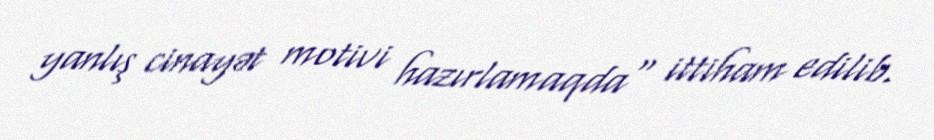
yanlış cinayət motivi hazırlamaqda" ittiham edilib.